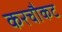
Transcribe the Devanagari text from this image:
करचौकट